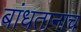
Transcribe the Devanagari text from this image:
बांधतानाच